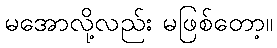
မအောလို့လည်း မဖြစ်တော့။